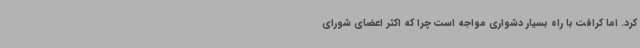
کرد. اما کرافت با راه بسیار دشواری مواجه است چرا که اکثر اعضای شورای